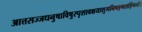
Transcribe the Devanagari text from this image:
आत्तसज्जधनुषाविषुस्पृशावक्षयाशुगनिषङ्गसङ्गिनौ।